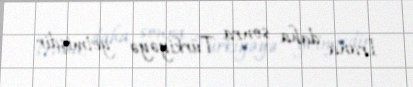
İrana, daha sonra Türkiyəyə getmişdir.